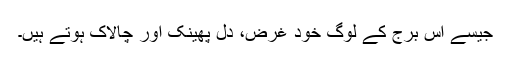
جیسے اس برج کے لوگ خود غرض، دل پھینک اور چالاک ہوتے ہیں۔